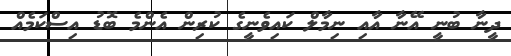
ދީނާ ބުނީ އޭނާ އާއި ނިމާލް ކައިވެނީގެ ކުރިން އެންމެ ބޮޑު އިސްކަމެއް